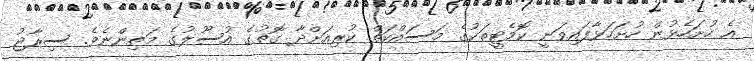
އެ ހުށަހެޅުން ހުށަހަޅާފައިވަނީ ކޮމެޓީތަކުގެ މަސައްކަތް ކުރިއަށްދާ ގޮތުގެ އުސޫލުގެ މަތިންނެވެ. ސިރާޖު